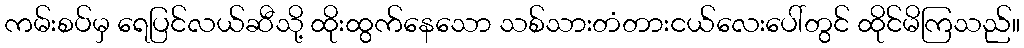
ကမ်းစပ်မှ ရေပြင်လယ်ဆီသို့ ထိုးထွက်နေသော သစ်သားတံတားငယ်လေးပေါ်တွင် ထိုင်မိကြသည်။